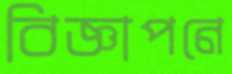
বিজ্ঞাপনে